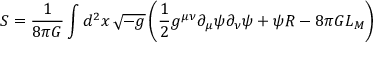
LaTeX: S = \frac { 1 } { 8 \pi G } \int d ^ { 2 } x \, \sqrt { - g } \left( \frac { 1 } { 2 } g ^ { \mu \nu } \partial _ { \mu } \psi \partial _ { \nu } \psi + \psi R - 8 \pi G { \cal L } _ { M } \right)